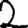
Digit: 2